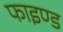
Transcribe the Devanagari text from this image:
फाइण्ड